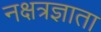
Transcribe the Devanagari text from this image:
नक्षत्रज्ञाता